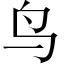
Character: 鸟